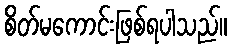
စိတ်မကောင်းဖြစ်ရပါသည်။